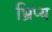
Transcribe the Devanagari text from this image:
भ्रिप्य